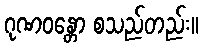
ဂုဏဝန္တော စသည်တည်း။